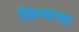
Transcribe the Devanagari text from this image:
सिग्माचा